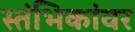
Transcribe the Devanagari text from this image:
स्तंभिकांवर